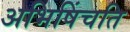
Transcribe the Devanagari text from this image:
अभिषिंचति